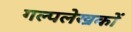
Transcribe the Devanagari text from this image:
गल्पलेखकों